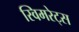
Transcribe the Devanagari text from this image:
स्विमरेट्स